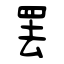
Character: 罢